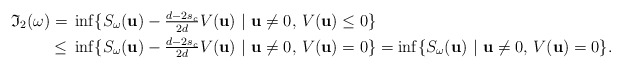
\begin{align*}\mathfrak{I}_2(\omega) ={}& \inf \{ S_\omega ({\bf u})- \tfrac{d-2s_c}{2d}V ({\bf u}) \ |\ {\bf u}\neq0, \, V({\bf u}) \le 0\}\\\le {}& \inf \{ S_\omega ({\bf u})- \tfrac{d-2s_c}{2d}V ({\bf u}) \ |\ {\bf u}\neq0, \, V({\bf u}) = 0\}= \inf \{ S_\omega ({\bf u}) \ |\ {\bf u}\neq0, \, V({\bf u}) = 0\}.\end{align*}